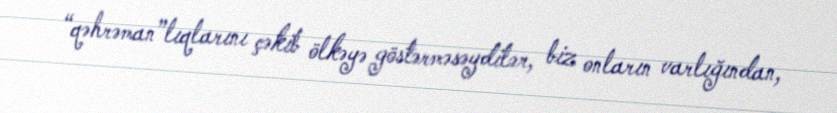
“qəhrəman”lıqlarını çəkib ölkəyə göstərməsəydilər, biz onların varlığından,